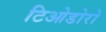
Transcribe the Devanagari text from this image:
टिओडोरो